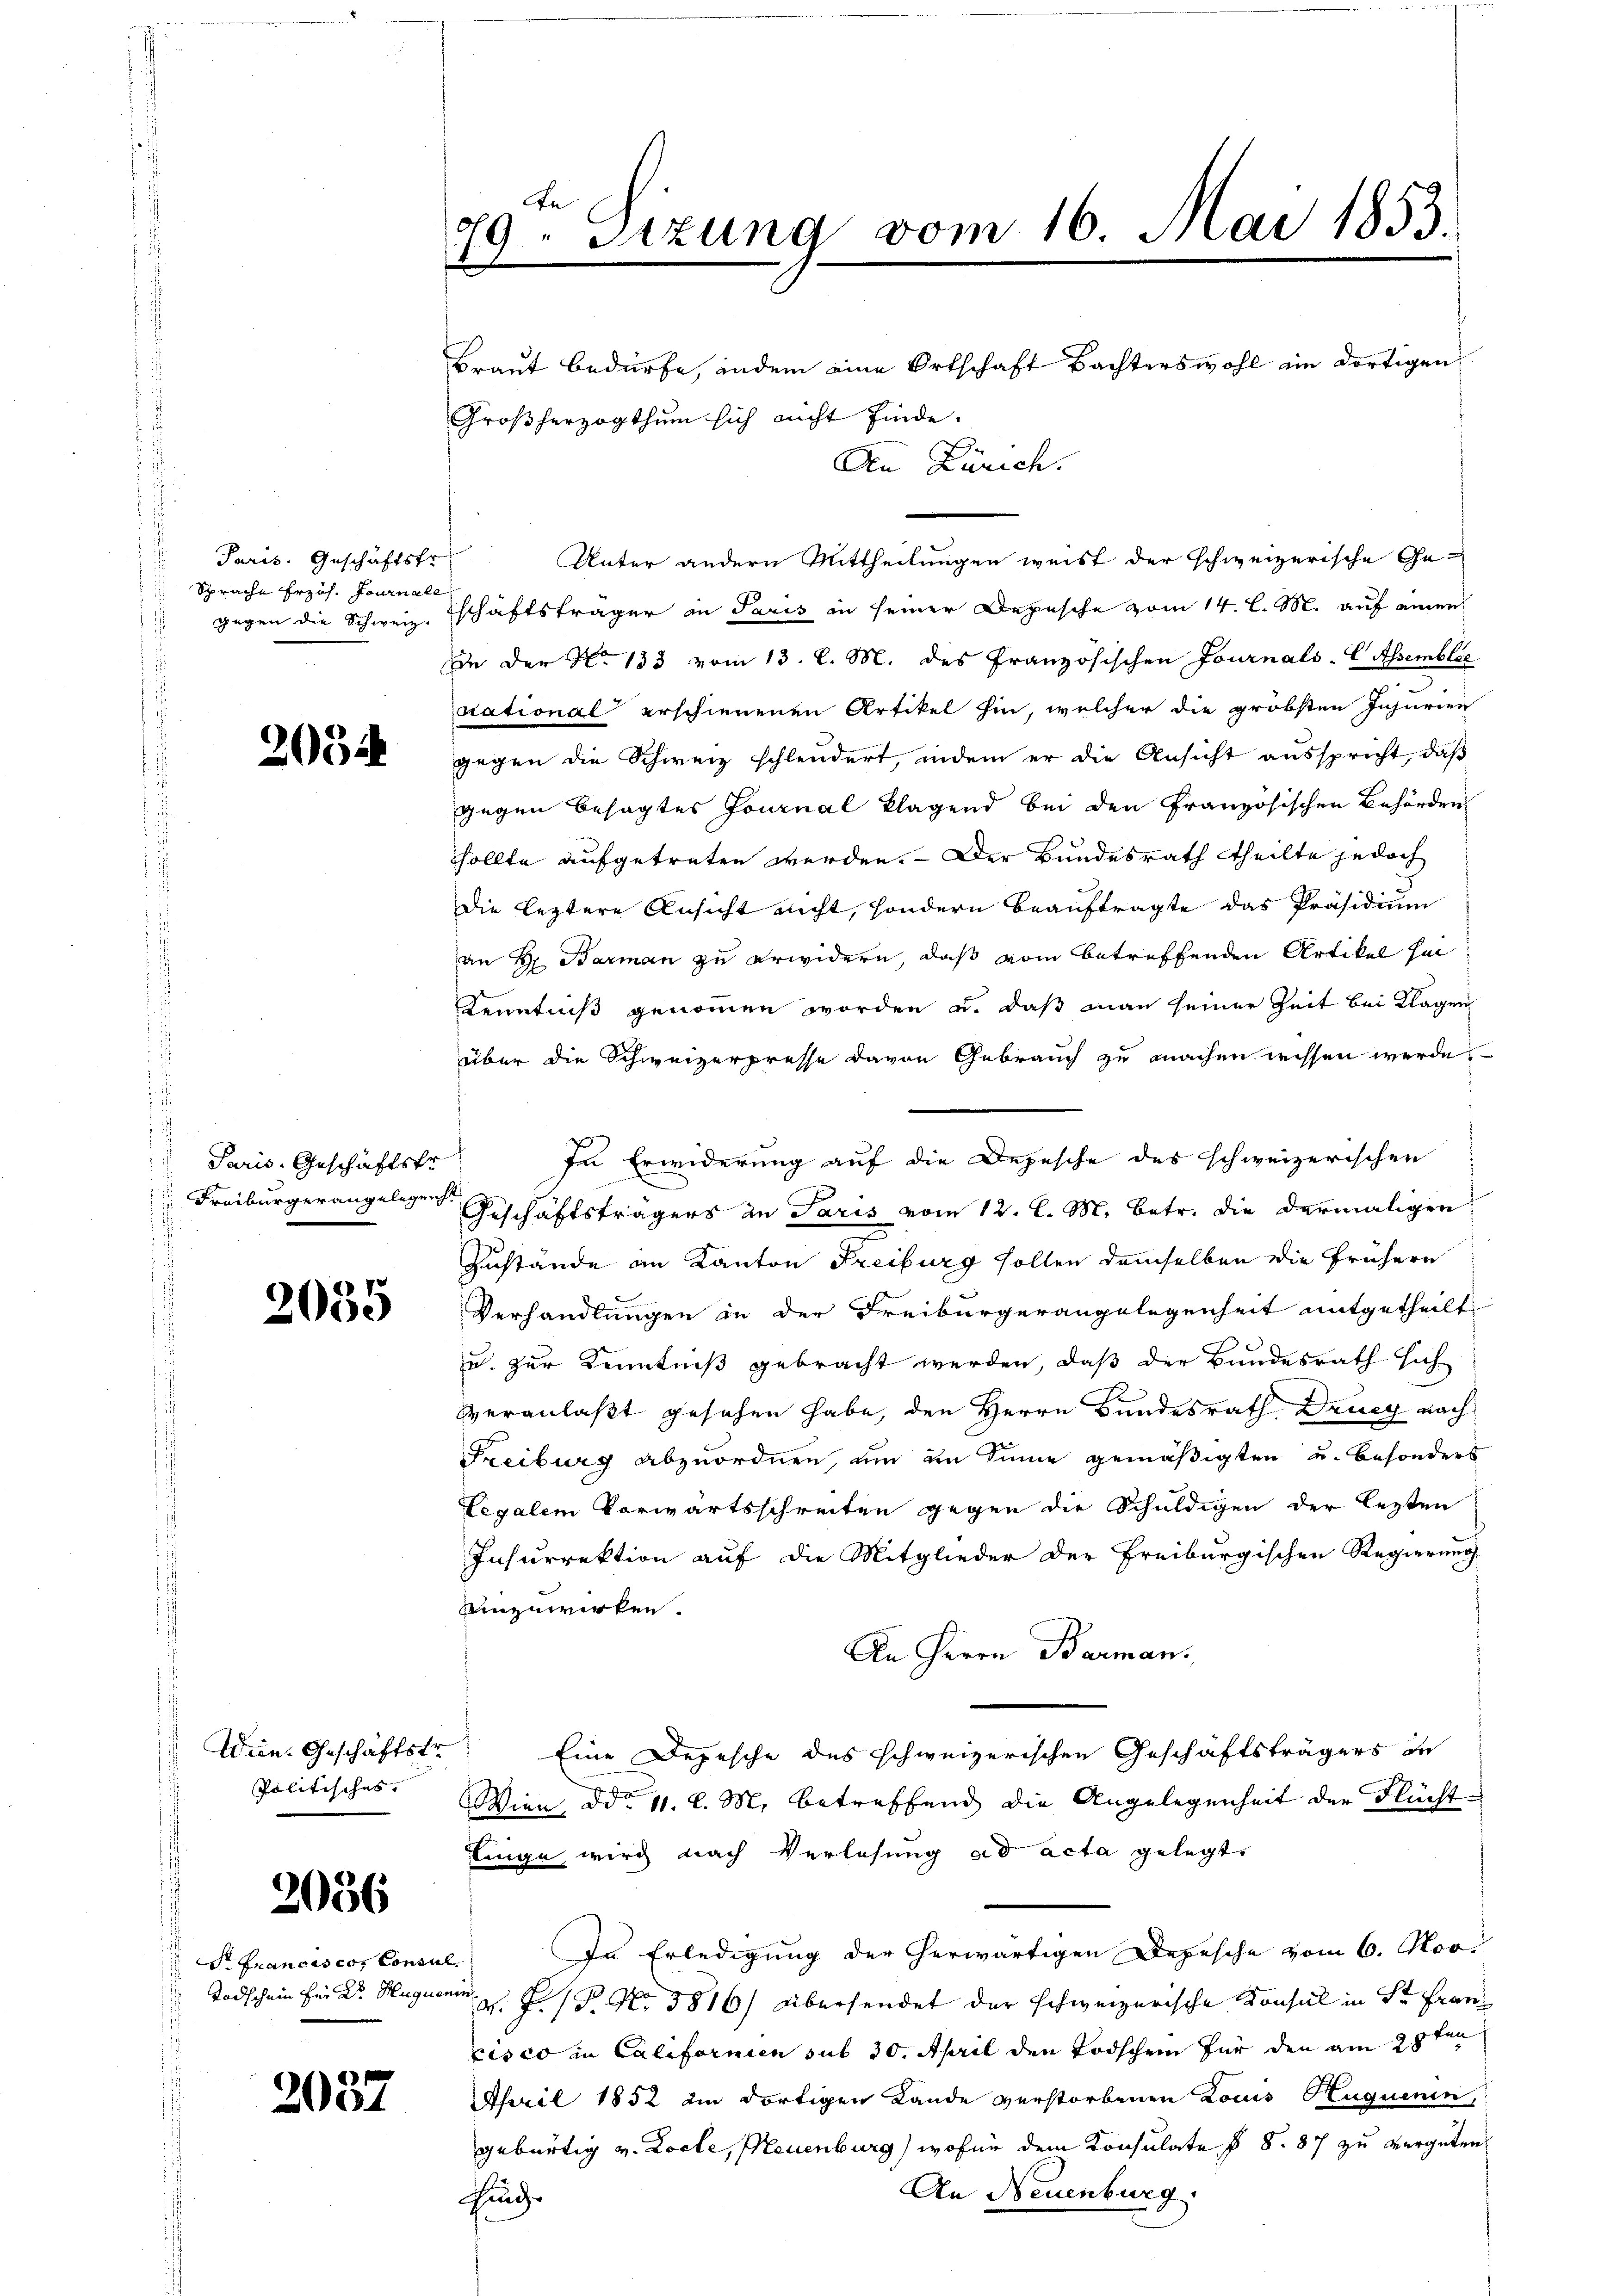
2064

2035

3036

2037

Paris. Geschäftsfr
 Sprache Erzöh. Journale

Paris-Geschäftsfr

Wein. Geschäftstr
Politisches

t Franciscor Consul

An
79. Sizung vom 16. Mai 1853.

Großherzogthum sich nicht finde.
Unter andern Mittheilungen weist der schweizerische Gegegen die Schweiz. Eschäftsträger in Paris in seiner Depesche vom 14. l. M. auf einen
In der No 133 vom 13. l. M. des Französischen Journals-C Assemblée
dational erschienenen Artikel hin, welcher die gröbsten Insurien
gegen die Schweiz schleudert, indem er die Ansicht ausspricht, daß
gegen besagtes Journal klagend bei den Französischen Behörden
Sollte aufgetreten werden. Der Bundesrath theilte jedoch
Die leztere Ansicht nicht, sondern Beauftragte das Präsidium
an Hr. Barman zu erwidern, daß vom betreffenden Artikel hel
Kenntniß genommen worden u. daß man seiner Zeit bei Klagen
über die Schweizerpresse davon Gebrauch zu machen wissen werde,
In Erwiderung auf die Depesche des schweizerischen
Freiburgerangelegen Geschäftsträgers in Paris vom 12. l. M. betr. die dermaligen
Zustände an Kanton Freiburg sollen demselben die frühern
Verhandlungen in der Freiburgerangelegenheit mitgetheilt
u. zur Kenntniß gebracht werden, daß der Bundesrath sich
veranlaßt gesehen habe, den Herrn Bundesrath Drueg nach
Freiburg abzuordnen, um im Sinne gemäßigten u. besonders
Legalem Vorwärtsschreiten gegen die Schuldigen der lezten
Insurrektion auf die Mitglieder der Freiburgischen Regierung
einzuwirken.
An Herrn Barman.
Eine Depesche des schweizerischen Geschäftsträgers de
Wien, ddo 11. l. M. betreffend die Angelegenheit der Flüchtlinge wird nach Verlesung ad acta gelegt
In Erledigung der herwärtigen Depesche vom 6. Nov.
 Todschein Ein Dr. Huguenin  P. P. No. 5816) Übersendet der schweizerische Konsul in Sr Franz
cisco in Californien sub 30. April den Todschen für den am 25ten
April 1852 im dortigen Lande verstorbenen Louis Huquenin,
gebürtig v. Locle, Neuenburg) wofür dem Konsulate § §. 87 zu vergüten.
An Neuenburg.
Hing

Braut bedürfe, indem eine Ortschaft Bachterswohl ein dortigen
An Zürich.